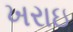
ખરાઇ